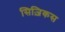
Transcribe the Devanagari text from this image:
सिज़िकस